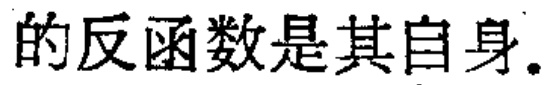
的反函数是其自身。